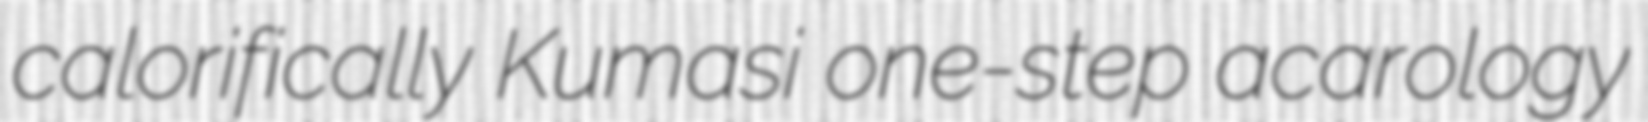
calorifically Kumasi one-step acarology